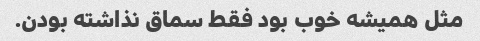
مثل همیشه خوب بود فقط سماق نذاشته بودن.